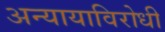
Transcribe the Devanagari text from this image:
अन्यायाविरोधी